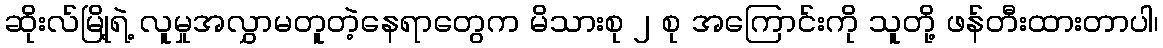
ဆိုးလ်မြို့ရဲ့ လူမှုအလွှာမတူတဲ့နေရာတွေက မိသားစု ၂ စု အကြောင်းကို သူတို့ ဖန်တီးထားတာပါ၊